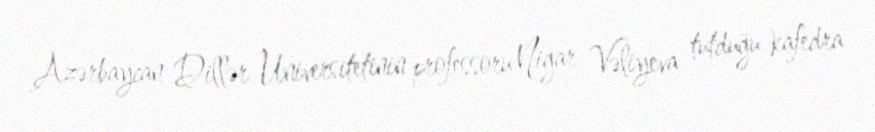
Azərbaycan Dillər Universitetinin professoru Nigar Vəliyeva tutduğu kafedra